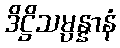
ဒိဋ္ဌိသမ္ပန္နာနံ